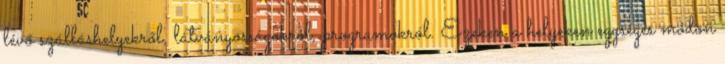
lévő szálláshelyekről, látványosságokról, programokról. Ezeken a helyeken egységes módon